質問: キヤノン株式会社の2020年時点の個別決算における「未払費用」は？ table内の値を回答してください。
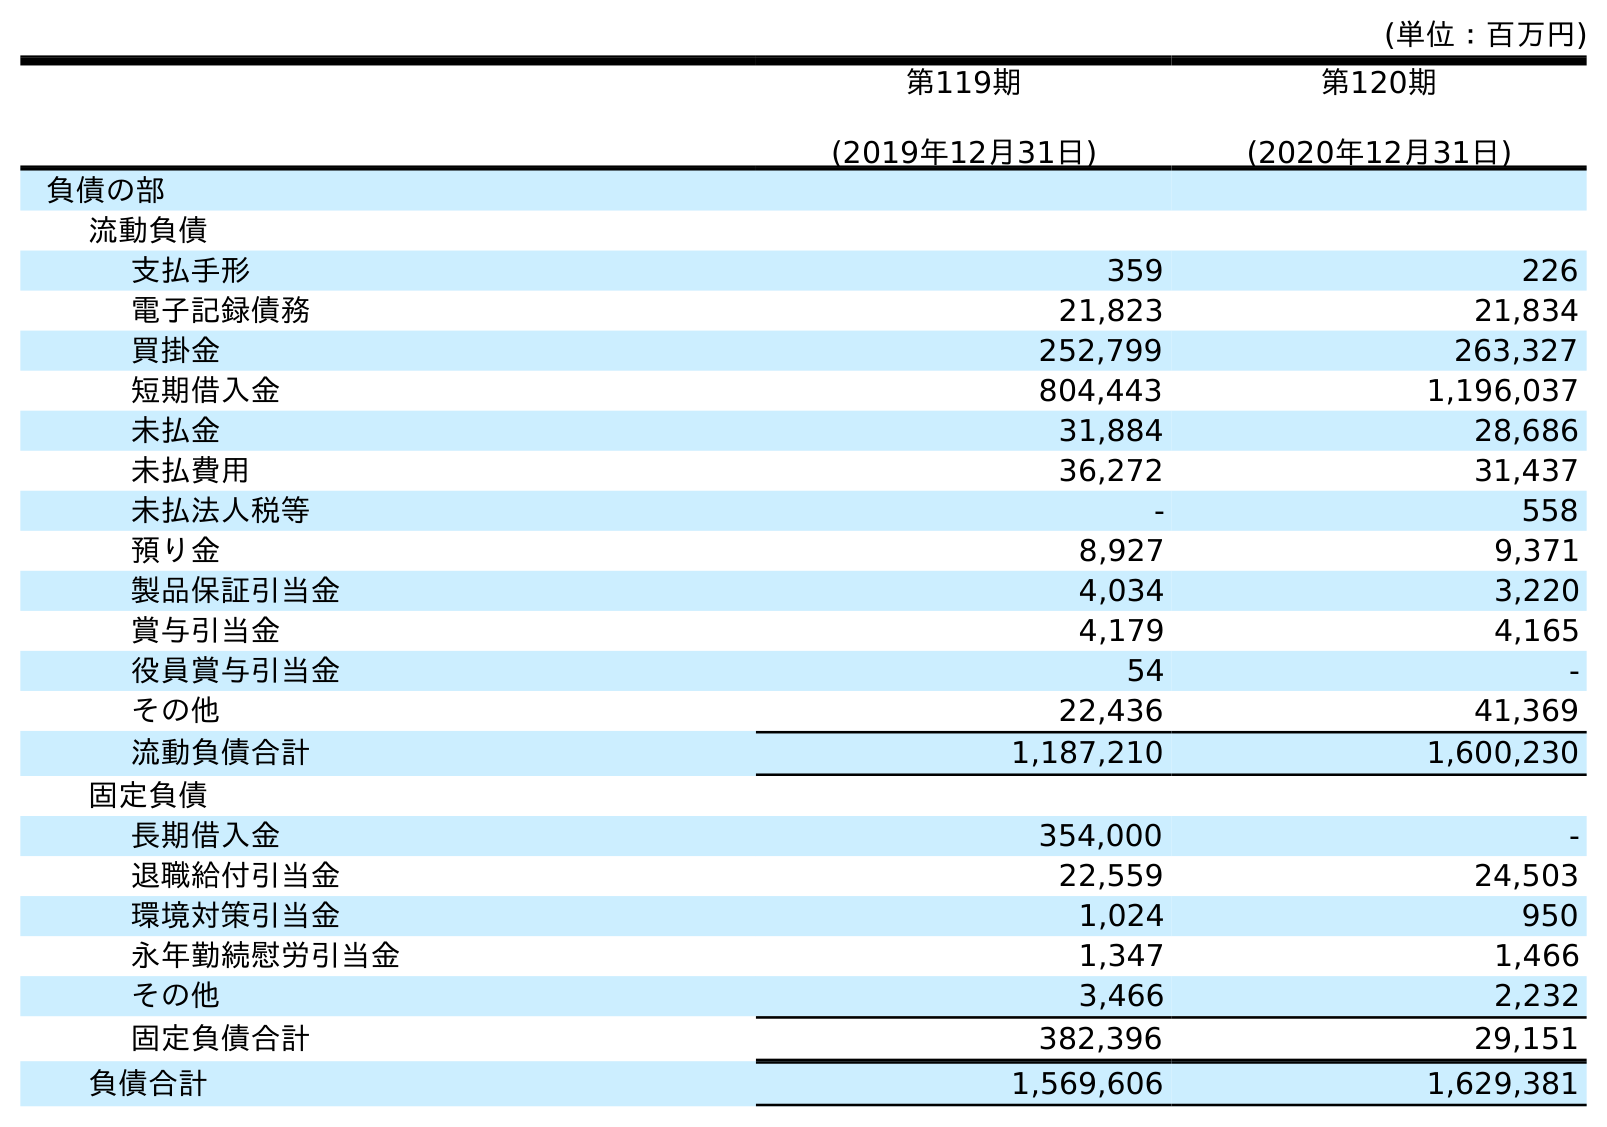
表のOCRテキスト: (単位：百万円) 第119期 (2019年12月31日) 第120期 (2020年12月31日) 負債の部 流動負債 支払手形 359 226 電子記録債務 21,823 21,834 買掛金 252,799 263,327 短期借入金 804,443 1,196,037 未払金 31,884 28,686 未払費用 36,272 31,437 未払法人税等 - 558 預り金 8,927 9,371 製品保証引当金 4,034 3,220 賞与引当金 4,179 4,165 役員賞与引当金 54 - その他 22,436 41,369 流動負債合計 1,187,210 1,600,230 固定負債 長期借入金 354,000 - 退職給付引当金 22,559 24,503 環境対策引当金 1,024 950 永年勤続慰労引当金 1,347 1,466 その他 3,466 2,232 固定負債合計 382,396 29,151 負債合計 1,569,606 1,629,381
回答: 31,437